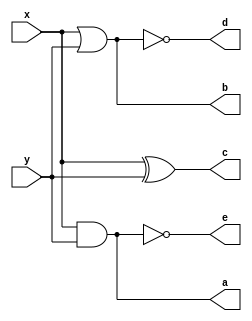
module logic_gate(x,y,a,b,c,d,e);

input x,y;
output a,b,c,d,e;

assign a = x & y; // x and y
assign b = x | y; // x or y
assign c = x ^ y; // x xor y
assign d = ~(x | y); // x nor y
assign e = ~(x & y); // x nand y

endmodule